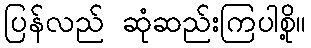
ပြန်လည် ဆုံဆည်းကြပါစို့။